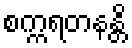
စက္ကရတနန္တိ